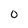
Character: 0